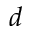
d